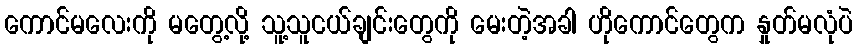
ကောင်မလေးကို မတွေ့လို့ သူ့သူငယ်ချင်းတွေကို မေးတဲ့အခါ ဟိုကောင်တွေက နှုတ်မလုံပဲ